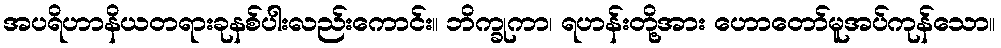
အပရိဟာနိယတရားခုနစ်ပါးလည်းကောင်း။ ဘိက္ခုကာ၊ ရဟန်းတို့အား ဟောတော်မူအပ်ကုန်သော။